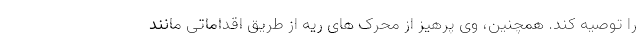
را توصیه کند. همچنین، وی پرهیز از محرک های ریه از طریق اقداماتی مانند